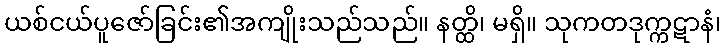
ယစ်ငယ်ပူဇော်ခြင်း၏အကျိုးသည်သည်။ နတ္ထိ၊ မရှိ။ သုကတဒုက္ကဋာနံ၊